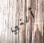
أنني